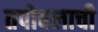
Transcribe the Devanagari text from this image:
तपोबलाची